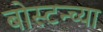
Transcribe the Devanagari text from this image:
बोस्टन्च्या